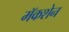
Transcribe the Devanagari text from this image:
मॅकशेन